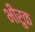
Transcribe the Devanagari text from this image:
भीरुक